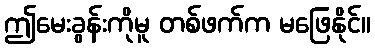
ဤမေးခွန်းကိုမူ တစ်ဖက်က မဖြေနိုင်။